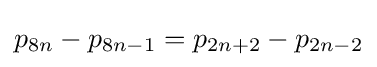
p_{8n}-p_{8n-1}=p_{2n+2}-p_{2n-2}